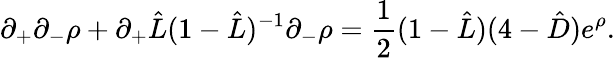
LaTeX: \partial_{+}\partial_{-}\rho+\partial_{+}\hat{L}(1-\hat{L})^{-1}\partial_{-}\rho=\frac{1}{2}(1-\hat{L})(4-\hat{D})e^{\rho}.